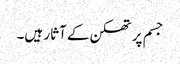
جسم پر تھکن کے آثار ہیں۔